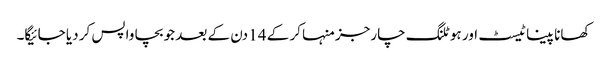
کھانا پینا ٹیسٹ اور ہوٹلنگ چارجز منہا کر کے 14 دن کے بعد جو بچا واپس کر دیا جائیگا۔